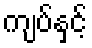
ကျပ်နှင့်